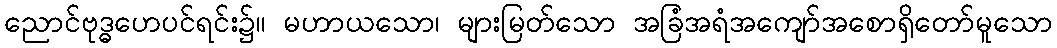
ညောင်ဗုဒ္ဓဟေပင်ရင်း၌။ မဟာယသော၊ များမြတ်သော အခြံအရံအကျော်အစောရှိတော်မူသော